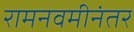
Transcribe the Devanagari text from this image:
रामनवमीनंतर